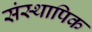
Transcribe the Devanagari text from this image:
संस्थापिक